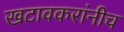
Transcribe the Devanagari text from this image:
खटावकरांनीच